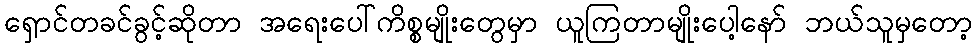
ရှောင်တခင်ခွင့်ဆိုတာ အရေးပေါ်ကိစ္စမျိုးတွေမှာ ယူကြတာမျိုးပေါ့နော် ဘယ်သူမှတော့